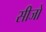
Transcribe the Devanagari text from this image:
सीजो